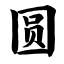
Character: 圆